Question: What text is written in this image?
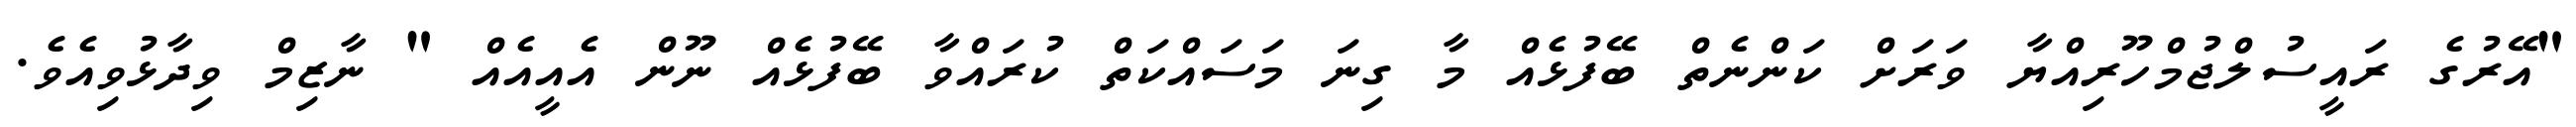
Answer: "އޭރުގެ ރައީސުލްޖުމްހޫރިއްޔާ ވަރަށް ކަންނެތް ބޭފުޅެއް މާ ގިނަ މަސައްކަތް ކުރައްވާ ބޭފުޅެއް ނޫން އެއީއެއް " ނާޒިމް ވިދާޅުވިއެވެ.